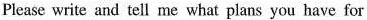
Please write and tell me what plans you have for